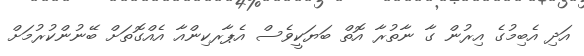
އަދި އެބިމުގެ އިރުން ގާ ނާތުރާ އޮތް ބަޔަކީވެސް އެޕާރކިންއާ އެއްގޮތަށް ބޭނުންކުރުމަށް